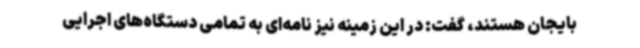
بایجان هستند، گفت: در این زمینه نیز نامه‌ای به تمامی دستگاه‌های اجرایی